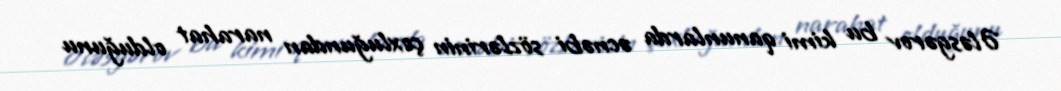
Ələsgərov bu kimi qanunlarda əcnəbi sözlərinin çoxluğundan narahat olduğunu